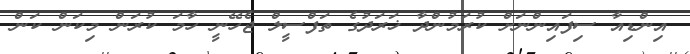
އިންޑިއާ ސިފައިންނަށް ކުރަމުންދާ ޚަރަދުގެ ތަފްސީލް ޖެހޭނީ ހާމަ ކުރަން މިކަން ކަން